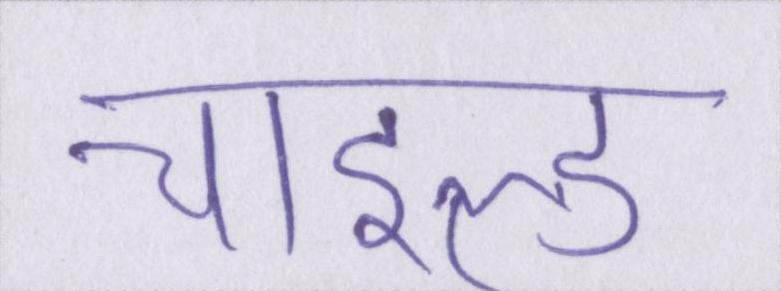
चाइल्ड